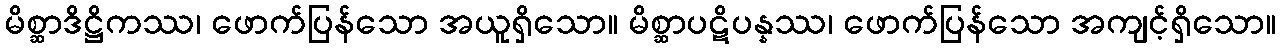
မိစ္ဆာဒိဋ္ဌိကဿ၊ ဖောက်ပြန်သော အယူရှိသော။ မိစ္ဆာပဋိပန္နဿ၊ ဖောက်ပြန်သော အကျင့်ရှိသော။